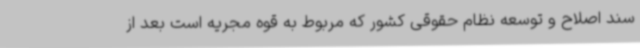
سند اصلاح و توسعه نظام حقوقی کشور که مربوط به قوه مجریه است بعد از